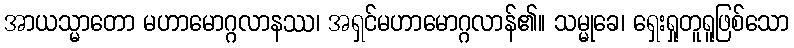
အာယသ္မာတော မဟာမောဂ္ဂလာနဿ၊ အရှင်မဟာမောဂ္ဂလာန်၏။ သမ္မုခေ၊ ရှေးရှုတူရူဖြစ်သော